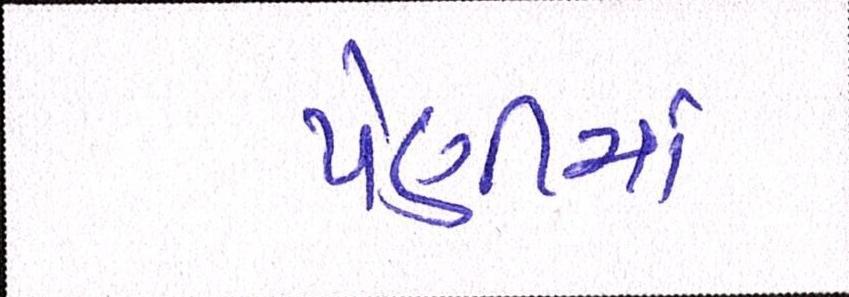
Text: પેણીમાં